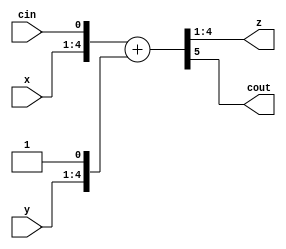
module add #(parameter w = 4)
(
input [w-1:0] x, y, //N-bit adder inputs
input cin, //carry input
output [w-1:0] z, //N-bit adder output
output cout //carry output
);
wire temp; //temp bit 0
// Cout = bit N+1, Sum = bits N:1, Cin+1 = carry into bit 1 if Cin=1
assign {cout,z,temp} = {1'b0, x, cin} + {1'b0, y, 1'b1};
endmodule

module sub #(parameter w = 4)
(
input [w-1:0] x, y, //N-bit adder inputs 
output [w-1:0] z //N-bit adder output
 //carry output
);

// Cout = bit N+1, Sum = bits N:1, Cin+1 = carry into bit 1 if Cin=1
assign z=x-y;
endmodule

module rgst1 #(parameter w = 8)
(
input [w-1:0] d, 
output reg [w-1:0] q,
input clk, 
input clr,
input in, 
input sh, 
input ld,
input assignq
);
always @(posedge clk) 
begin
if (clr == 1)
q <= 0;
else if (ld == 1)
q <= d; 
else if (sh == 1)
q <= {q[w-2:0], 1'bz};
else if (assignq==1)
q[0]<=in;  
else begin
q <= q;
end 
end
endmodule 

module rgst2 #(parameter w = 8)
(
input [w-1:0] d, 
output reg [w-1:0] q, 
input sh_in, 
input clk, 
input clr, 
input sh, 
input ld 
);
always @(posedge clk) 
begin
if (clr == 1)
q <= 0;
else if (ld == 1)
q <= d; 
else if (sh == 1)
q <= {q[w-2:0], sh_in}; 
else
q <= q; 
end
endmodule

module MUX_2_la_1 #(parameter w = 8)(
    input [w-1:0]a,
    input [w-1:0]b,
    input s,
    output [w-1:0]z
    );
 
  generate
	genvar i;
	for(i = 0; i < w; i = i + 1) begin: vect
		assign z[i] = (a[i] & ~s) | (b[i] & s);
	end
  endgenerate
 
 
endmodule

module div_control #(parameter w = 8) 
(
input clk, start, A8,
output operate, shift, subtract, add, assignq, stop, in
);
reg [6:0] st_nxt, state;
reg reg_q; 
parameter StartS=7'b0000001, ShiftS=7'b0000010, SubtractS=7'b0000100, TestS=7'b0001000, AddS=7'b0010000, AssignQS=7'b0100000, StopS=7'b1000000;
reg [w-1:0] count; 
wire N0; 
always @(posedge clk)
if (operate == 1) count = 0;
else if (shift == 1) count=  count + 1;

  
  
assign N0 = (count == w) ? 1 : 0;
 
always @(*)begin
case (state)
  StartS:st_nxt=ShiftS;
  ShiftS:st_nxt=SubtractS;
  SubtractS:st_nxt=TestS;
  TestS:if(A8){reg_q,st_nxt}={1'b0,AddS};
      else {reg_q,st_nxt}={1'b1,AssignQS};
  AddS:st_nxt=AssignQS;
  AssignQS:if(N0) st_nxt=StopS;
           else st_nxt=ShiftS;
  StopS: st_nxt=StopS;
endcase
end 
always @(posedge clk) begin
    if(start) state<=StartS;
    else state<=st_nxt;
    end


assign operate = state[0]; 
assign shift = state[1]; 
assign subtract = state[2]; 
assign add = state[4];
assign assignq = state[5];
assign in=reg_q;
assign stop = state[6];
endmodule

module divide_8_bit #(parameter w = 8)
(
input clk,start,
input [w-1:0] divizor,
input [w-1:0] dividend,
output [w-1:0] quotient,
output [w-1:0] remainder,
output stop
);
wire [w-1:0] RegA, RegM, Sum;
wire [w-1:0] RegQ;
wire [w-1:0] add_output, subtract_output, mux_output;
wire operate, shift, subtract, add, assignq, in; //controller wires
wire cout; 

assign quotient = RegQ;
assign remainder= RegA; 
div_control #(w) controller(.clk(clk), .start(start), .A8(RegA[w-1]), .operate(operate), .shift(shift), .add(add), .assignq(assignq), .stop(stop), .in(in), .subtract(subtract));
rgst1 #(w) M_Reg (.d(divizor), .q(RegM), .assignq(1'b0),.in(1'b0), .clk(clk), .clr(1'b0), .sh(1'b0), .ld(start));
rgst1 #(w) Q_Reg (.d(dividend), .q(RegQ), .assignq(assignq),.in(in), .clk(clk), .clr(1'b0), .sh(shift), .ld(start));
rgst2 #(w) A_Reg (.d(mux_output), .q(RegA), .sh_in(RegQ[w-1]), .clk(clk), .clr(operate), .sh(shift), .ld(add|subtract));

//adder_subtractor Add(.x(RegA), .y(RegM), .sel(~add|subtract), .z(Sum));
sub #(w) this_subtracter(.x(RegA), .y(RegM), .z(subtract_output));//a -m
add #(w) this_adder(.x(RegA), .y(RegM), .z(add_output), .cin(1'b0), .cout(cout)); //a+m

MUX_2_la_1 #(w)MUX(.a(add_output), .b(subtract_output), .z(mux_output), .s(subtract));




endmodule

module divide_tb;
  
  reg clk, start; 
  reg [7:0] divizor, dividend;
  wire [7:0] remainder, quotient;
  wire stop;
  
  divide_8_bit #(8) uut(.clk(clk), .start(start), .divizor(divizor), .dividend(dividend), .quotient(quotient), .remainder(remainder), .stop(stop));
  
  initial begin
  clk<=1'b0;
  divizor<=8'd15;
  dividend<=8'd123;
  start<=1'b1;
    #4;
  start<=1'b0;
  
  end
  
  
  initial begin
    
    repeat(100) #2 clk<=~clk;
    
  end
  initial begin
    
    $display("DIVIZOR\tDIVIDEND\tREMAINDER\t\QUOTIENT\tstart\tstop\t");
    $monitor("%d\t\t%d\t\t%b\t%b\t%b\t%b\t%b",divizor, dividend, remainder, quotient,start, stop,clk );
    
  end
  
endmodule